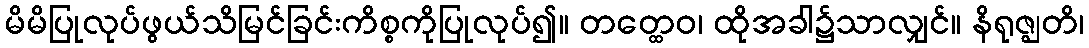
မိမိပြုလုပ်ဖွယ်သိမြင်ခြင်းကိစ္စကိုပြုလုပ်၍။ တတ္ထေဝ၊ ထိုအခါ၌သာလျှင်။ နိရုဇ္ဈတိ၊